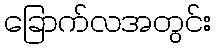
ခြောက်လအတွင်း